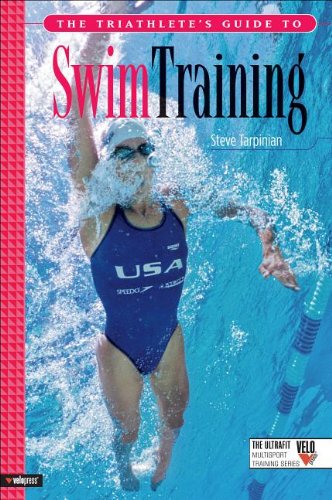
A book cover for The Triathlete's Guide to Swim Training (Ultrafit Multisport Training Series); Steve Tarpinian; Health, Fitness & Dieting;